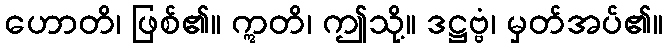
ဟောတိ၊ ဖြစ်၏။ ဣတိ၊ ဤသို့။ ဒဋ္ဌဗ္ဗံ၊ မှတ်အပ်၏။